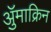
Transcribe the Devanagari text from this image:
ॲुमाक्रिन